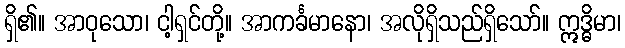
ရှိ၏။ အာဝုသော၊ ငါ့ရှင်တို့။ အာကင်္ခမာနော၊ အလိုရှိသည်ရှိသော်။ ဣဒ္ဓိမာ၊